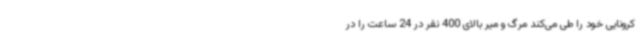
کرونایی خود را طی می‌کند مرگ و میر بالای 400 نفر در 24 ساعت را در